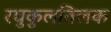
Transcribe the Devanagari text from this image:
रघुकुलतिलक